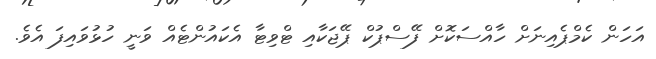
އަހަން ކެމްޕެއިނަށް ހާއްސަކޮށް ފޭސްޕުކް ޕޭޖަކާއި ޓްވިޓާ އެކައުންޓެއް ވަނީ ހުޅުވައިފަ އެވެ.